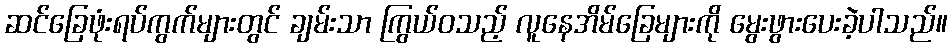
ဆင်ခြေဖုံးရပ်ကွက်များတွင် ချမ်းသာ ကြွယ်ဝသည့် လူနေအိမ်ခြေများကို မွေးဖွားပေးခဲ့ပါသည်။